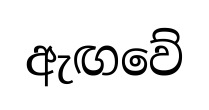
ඇඟවේ